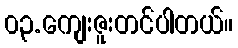
၀၃.ကျေးဇူးတင်ပါတယ်။